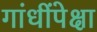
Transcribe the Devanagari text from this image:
गांधींपेक्षा